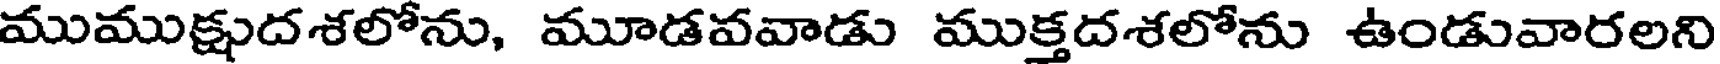
ముముక్షుదశలోను, మూడవవాడు ముక్తదశలోను ఉండువారలని